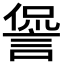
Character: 諐